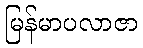
မြန်မာပလာဇာ